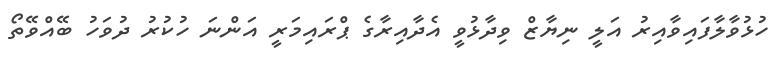
ހުޅުވާލާފައިވާއިރު އަލީ ނިޔާޒް ވިދާޅުވީ އެދާއިރާގެ ޕްރައިމަރީ އަންނަ ހުކުރު ދުވަހު ބޭއްވޭތޯ